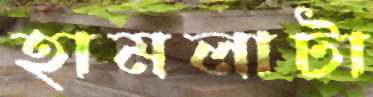
হামলাটা